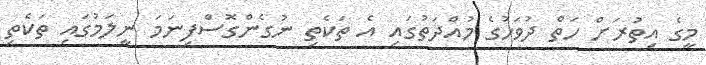
މީގެ އިތުރަށް ހަތް ދުވަހުގެ މުއްދަތުގައި އެ ތަކެތި ނުގެންގޮސްފިނަމަ ނީލަމުގައި ތަކެތި